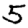
Digit: 5